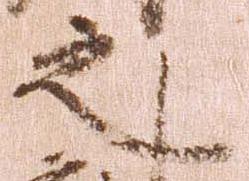
之